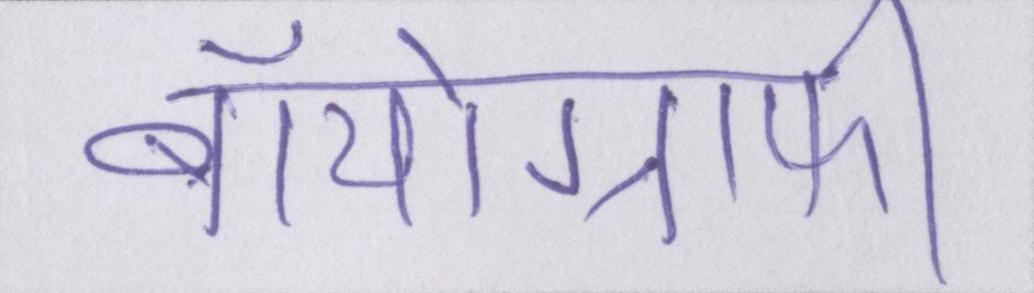
बॉयोग्राफी